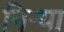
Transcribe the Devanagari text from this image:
निर्‍या